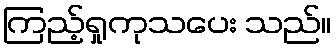
ကြည့်ရှုကုသပေး သည်။